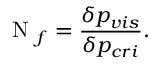
\mathrm { ~ N ~ } _ { f } = \frac { \delta p _ { v i s } } { \delta p _ { c r i } } .